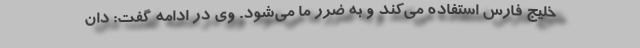
خلیج فارس استفاده می‌کند و به ضرر ما می‌شود. وی در ادامه گفت: دان